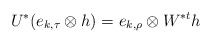
\begin{align*}U^*(e_{k,\tau}\otimes h)=e_{k,\rho}\otimes W^{*t}h \quad\end{align*}